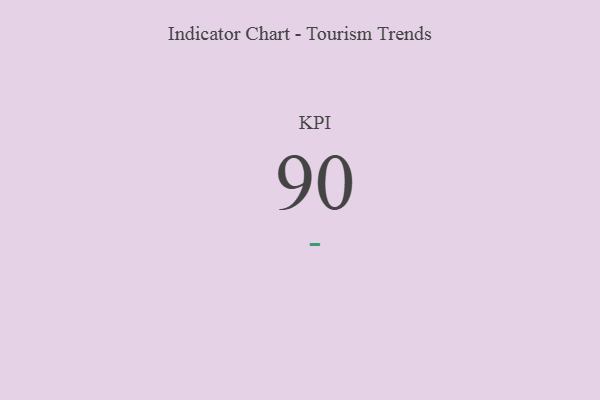
{"axis": {"x": "KPI", "y": "Value"}, "legend": [""], "data": [{"x": "KPI", "y": 90, "type": ""}]}